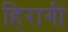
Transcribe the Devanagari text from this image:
हिरागी